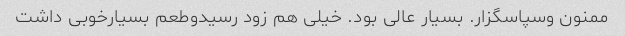
ممنون وسپاسگزار. بسیار عالی بود. خیلی هم زود رسیدوطعم بسیارخوبی داشت